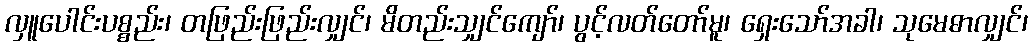
လှူပေါင်းပစ္စည်း၊ တဖြည်းဖြည်းလျှင်၊ မိတည်းသျှင်ကျော်၊ ပွင့်လတ်တော်မူ၊ ရှေးသော်အခါ၊ သုမေဓာလျှင်၊